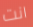
انت